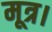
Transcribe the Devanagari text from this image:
मूत्र।